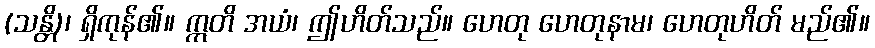
(သန္တိ)၊ ရှိကုန်၏။ ဣတိ အယံ၊ ဤဟိတ်သည်။ ဟေတု ဟေတုနာမ၊ ဟေတုဟိတ် မည်၏။